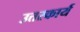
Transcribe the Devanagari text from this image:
उत्तरकार्य